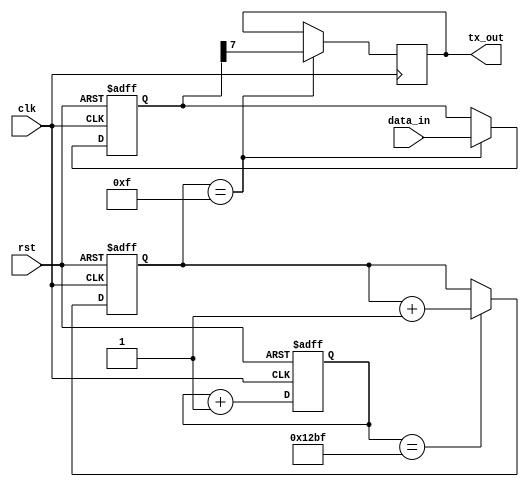
module uart_transmitter (
    input wire clk,                    // System clock signal
    input wire rst,                    // Reset signal
    input wire [7:0] data_in,          // Input data to be transmitted
    output reg tx_out                  // Transmitted data output
);

// Clock generator block
reg [31:0] counter;
always @(posedge clk or posedge rst) begin
    if (rst) begin
        counter <= 0;
    end else begin
        counter <= counter + 1;
    end
end

// Baud rate generator block
parameter BAUD_RATE = 9600;           // Desired baud rate
reg [15:0] baud_counter;
always @(posedge clk or posedge rst) begin
    if (rst) begin
        baud_counter <= 0;
    end else if (counter == (BAUD_RATE / 2) - 1) begin
        baud_counter <= baud_counter + 1;
    end
end

// Data buffer block
reg [7:0] data_buffer;
always @(posedge clk or posedge rst) begin
    if (rst) begin
        data_buffer <= 8'b0;
    end else if (baud_counter == 15) begin
        data_buffer <= data_in;
    end
end

// Control logic block
always @(posedge clk) begin
    if (baud_counter == 15) begin
        tx_out <= data_buffer[7];
    end
end

endmodule